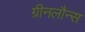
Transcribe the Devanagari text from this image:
ग्रीनलौन्स